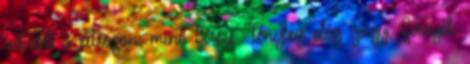
inkább ő játsszon, mint Fessy: Tényleg elég gagyi Fessyék